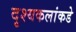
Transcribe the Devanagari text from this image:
दृश्यकलांकडे